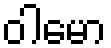
ဝါမော